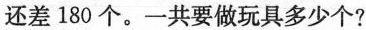
还差 180 个。一共要做玩具多少个?